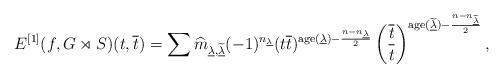
LaTeX: \begin{align*} E^{[1]}(f,G \rtimes S)(t, \overline{t}) = \sum \widehat{m}_{\underline{\lambda},\widetilde{\underline{\lambda}}}(-1)^{n_{\underline{\lambda}}}(t \overline{t})^{{\rm age}(\underline{\lambda}) - \frac{n-n_{\underline{\lambda}}}{2}} \left( \frac{\overline{t}}{t} \right)^{{\rm age}(\widetilde{\underline{\lambda}}) - \frac{n-n_{\widetilde{\underline{\lambda}}}}{2}} ,\end{align*}